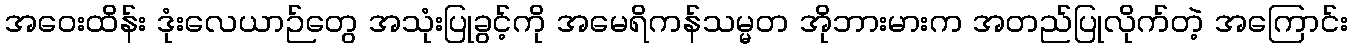
အဝေးထိန်း ဒုံးလေယာဉ်တွေ အသုံးပြုခွင့်ကို အမေရိကန်သမ္မတ အိုဘားမားက အတည်ပြုလိုက်တဲ့ အကြောင်း